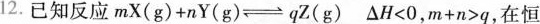
12.已知反应mX(g)+nY(g)→qZ(g) △H<0，$$m + n > q$$，在恒